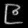
Digit: ၉